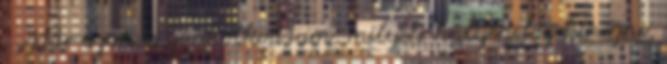
. Már azon is gondolkodtam, milyen hülyén fog kinézni,